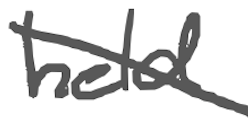
Text: held
Cross-out: diagonal
Writing tool: digital_gray